Insane asylums in Bengal annual reports 1867-1875 - 1867-1875
Year: 1867
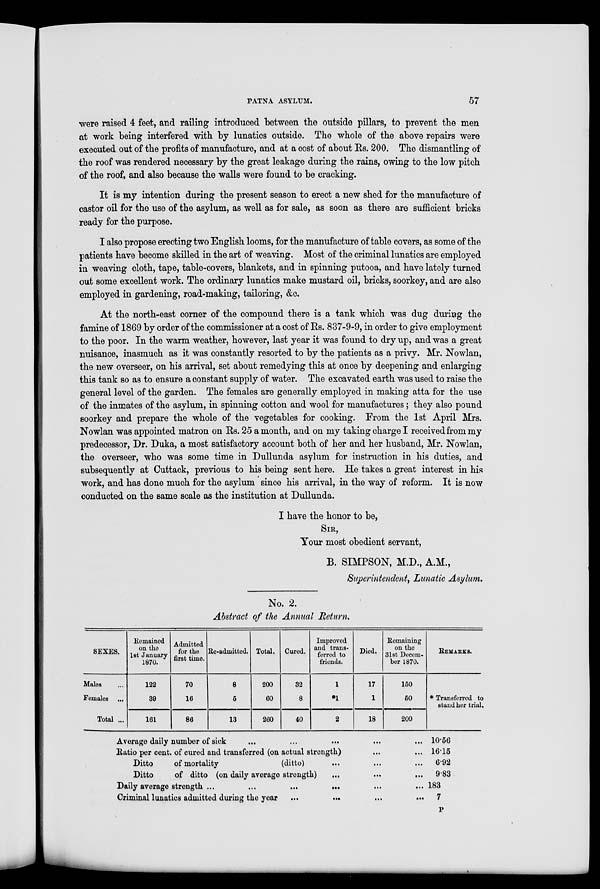
PATNA ASYLUM.
57
were raised 4 feet, and railing introduced between the outside pillars, to prevent the men
at work being interfered with by lunatics outside. The whole of the above repairs were
executed out of the profits of manufacture, and at a cost of about Rs. 200. The dismantling of
the roof was rendered necessary by the great leakage during the rains, owing to the low pitch
of the roof, and also because the walls were found to be cracking.
It is my intention during the present season to erect a new shed for the manufacture of
castor oil for the use of the asylum, as well as for sale, as soon as there are sufficient bricks
ready for the purpose.
I also propose erecting two English looms, for the manufacture of table covers, as some of the
patients have become skilled in the art of weaving. Most of the criminal lunatics are employed
in weaving cloth, tape, table-covers, blankets, and in spinning putooa, and have lately turned
out some excellent work. The ordinary lunatics make mustard oil, bricks, soorkey, and are also
employed in gardening, road-making, tailoring, &c.
At the north-east corner of the compound there is a tank which was dug during the
famine of 1869 by order of the commissioner at a cost of Rs. 837-9-9, in order to give employment
to the poor. In the warm weather, however, last year it was found to dry up, and was a great
nuisance, inasmuch as it was constantly resorted to by the patients as a privy. Mr. Nowlan,
the new overseer, on his arrival, set about remedying this at once by deepening and enlarging
this tank so as to ensure a constant supply of water. The excavated earth was used to raise the
general level of the garden. The females are generally employed in making atta for the use
of the inmates of the asylum, in spinning cotton and wool for manufactures; they also pound
soorkey and prepare the whole of the vegetables for cooking. From the 1st April Mrs.
Nowlan was appointed matron on Rs. 25 a month, and on my taking charge I received from my
predecessor, Dr. Duka, a most satisfactory account both of her and her husband, Mr. Nowlan,
the overseer, who was some time in Dullunda asylum for instruction in his duties, and
subsequently at Cuttack, previous to his being sent here. He takes a great interest in his
work, and has done much for the asylum since his arrival, in the way of reform. It is now
conducted on the same scale as the institution at Dullunda.
I have the honor to be,
SIR,
Your most obedient servant,
B. SIMPSON, M.D., A.M.,
Superintendent, Lunatic Asylum.
No. 2.
Abstract of the Annual Return.
SEXES.
Males ...
Females ...
Total ...
Remained
on the
1st January
1870.
122
39
161
Admitted
for the
first time.
70
16
86
Re-admitted.
8
5
13
Total.
200
60
260
Cured.
32
8
40
Improvod
and trans-
ferred to
friends.
1
*1
2
Died.
17
1
18
Remaining
on the
31st Decem-
ber 1870.
150
50
200
REMARKS.
* Transferred to
stand her trial.
Average daily number of sick ... ... ... ...
Ratio per cent. of cured and transferred (on actual strength) ... ...
Ditto
of mortality
(ditto) ... ... ...
Ditto
of ditto (on daily average strength)
...
...
...
Daily average strength ...
...
...
...
...
...
Criminal lunatics admitted during the year
...
...
...
...
...
...
10.56
16.15
6.92
9.83
183
7
P